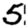
Digit: 5